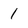
Character: 1